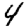
Digit: 4